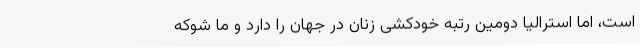
است، اما استرالیا دومین رتبه خودکشی زنان در جهان را دارد و ما شوکه